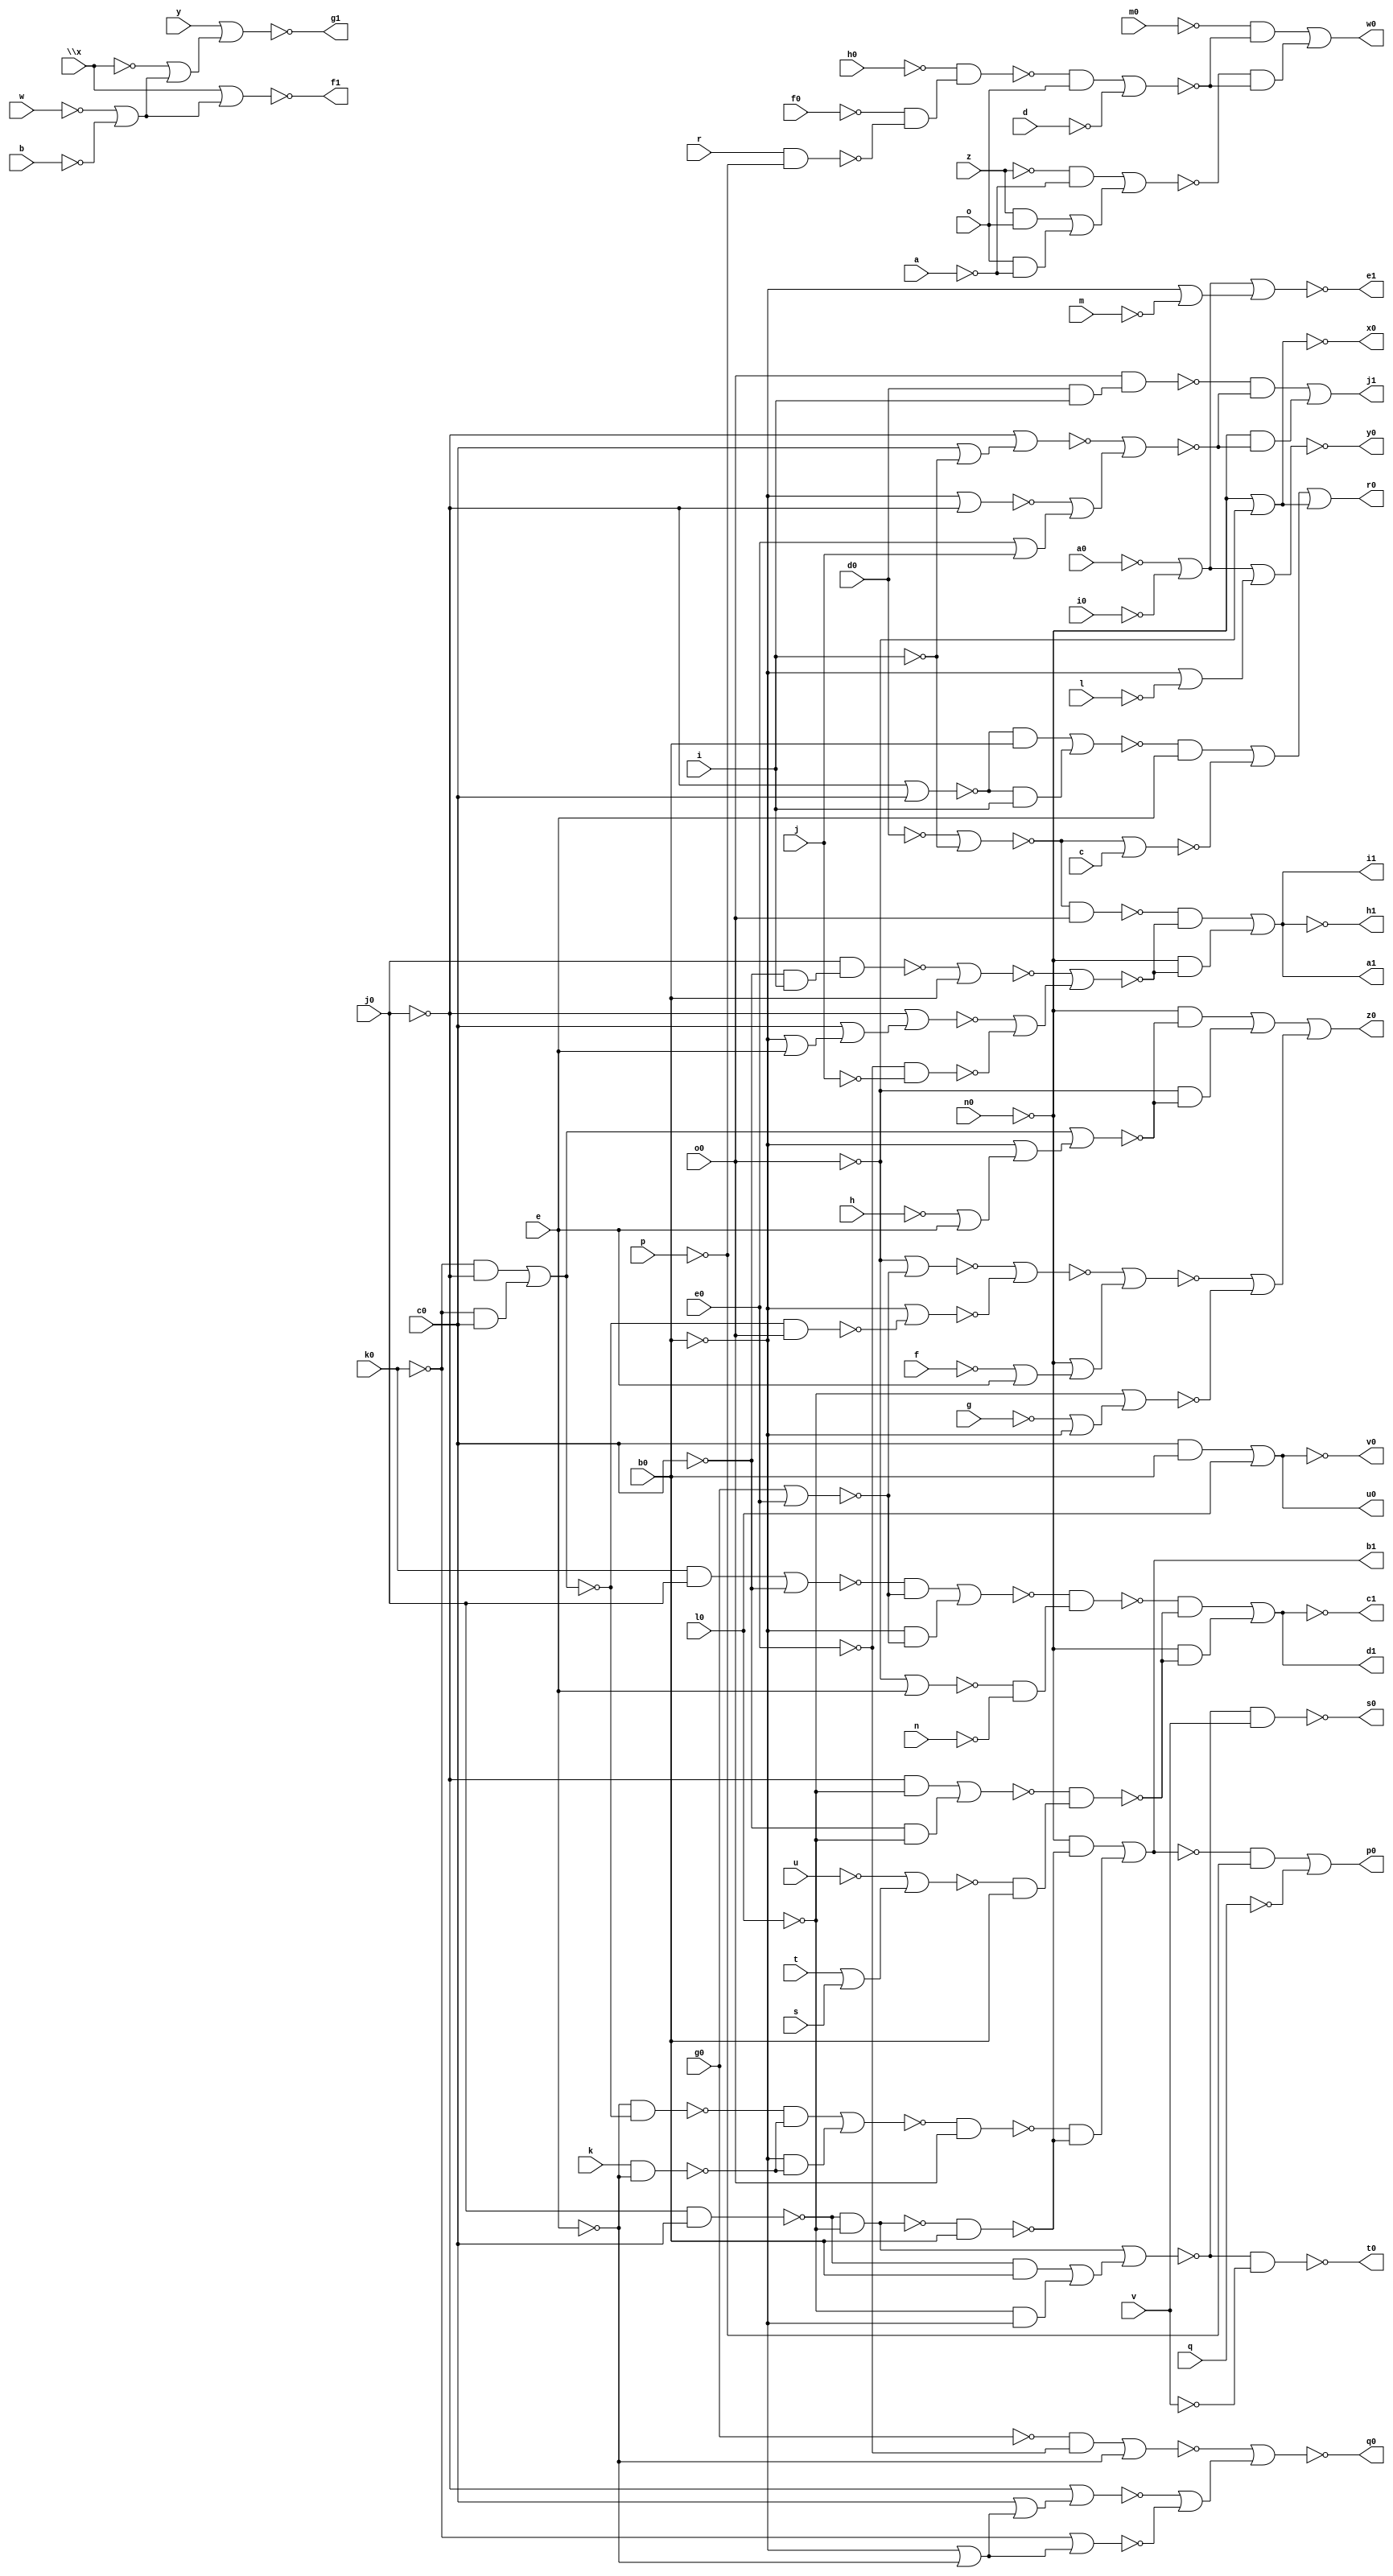
// IWLS benchmark module "b9" printed on Wed May 29 16:27:40 2002
module b9(a, b, c, d, e, f, g, h, i, j, k, l, m, n, o, p, q, r, s, t, u, v, w, \x , y, z, a0, b0, c0, d0, e0, f0, g0, h0, i0, j0, k0, l0, m0, n0, o0, p0, q0, r0, s0, t0, u0, v0, w0, x0, y0, z0, a1, b1, c1, d1, e1, f1, g1, h1, i1, j1);
input
  a,
  b,
  c,
  d,
  e,
  f,
  g,
  h,
  i,
  j,
  k,
  l,
  m,
  n,
  o,
  p,
  q,
  r,
  s,
  t,
  u,
  v,
  w,
  \x ,
  y,
  z,
  a0,
  b0,
  c0,
  d0,
  e0,
  f0,
  g0,
  h0,
  i0,
  j0,
  k0,
  l0,
  m0,
  n0,
  o0;
output
  a1,
  b1,
  c1,
  d1,
  e1,
  f1,
  g1,
  h1,
  i1,
  j1,
  p0,
  q0,
  r0,
  s0,
  t0,
  u0,
  v0,
  w0,
  x0,
  y0,
  z0;
wire
  \[6] ,
  \[7] ,
  \[8] ,
  \[9] ,
  \[20] ,
  a5,
  b5,
  c5,
  d4,
  d5,
  e4,
  e5,
  f3,
  f4,
  g2,
  g3,
  g5,
  h2,
  h4,
  i2,
  i3,
  i4,
  i5,
  j3,
  j4,
  j5,
  k2,
  k3,
  l2,
  l4,
  m2,
  m3,
  m4,
  m5,
  n3,
  n5,
  o3,
  o5,
  p5,
  q2,
  \[10] ,
  q3,
  q5,
  r2,
  \[11] ,
  r4,
  r5,
  s2,
  \[12] ,
  s3,
  s4,
  s5,
  t2,
  \[13] ,
  t3,
  t4,
  t5,
  u2,
  u4,
  u5,
  v2,
  \[15] ,
  v4,
  v5,
  \[0] ,
  w2,
  \[16] ,
  w3,
  w5,
  \[1] ,
  x2,
  \[17] ,
  x3,
  x4,
  \[2] ,
  \[18] ,
  y3,
  \[3] ,
  z3,
  \[4] ;
assign
  \[6]  = ~j4,
  \[7]  = (~m0 & ~u2) | (~v2 & ~u2),
  \[8]  = ~a5,
  \[9]  = ~x2,
  \[20]  = (~t2 & ~s2) | (~n0 & ~s2),
  a1 = \[11] ,
  a5 = ~n0 | ~o0,
  b1 = \[12] ,
  b5 = g0 | e0,
  c1 = \[13] ,
  c5 = ~o0 | e,
  d1 = w2,
  d4 = \x  | (~w | ~b),
  d5 = (~t5 & ~b5) | (~b0 & ~b5),
  e1 = \[15] ,
  e4 = y | (~\x  | (~w | ~b)),
  e5 = ~d5 & (~c5 & ~n),
  f1 = \[16] ,
  f3 = ~k3 & v,
  f4 = (~k0 & ~j0) | (~k0 & c0),
  g1 = \[17] ,
  g2 = ~m2 | (~l2 | ~k2),
  g3 = ~k3 & ~v,
  g5 = ~j0 | c0,
  h1 = \[18] ,
  h2 = ~i2 & o0,
  h4 = f4 | (~b0 | (~h | e)),
  i1 = \[11] ,
  i2 = ~d0 | ~i,
  i3 = w5 | (~b0 | ~m),
  i4 = ~f4 & o0,
  i5 = ~l0 | (~g | ~b0),
  j1 = \[20] ,
  j3 = j0 & c0,
  j4 = (c0 & b0) | l0,
  j5 = ~m5 | (~n0 | (~f | e)),
  k2 = ~e0 & ~j,
  k3 = (~j3 & ~l0) | ((~j3 & b0) | (~l0 & ~b0)),
  l2 = ~j0 | (c0 | (~b0 | e)),
  l4 = r & ~p,
  m2 = ~n3 | b0,
  m3 = (~v5 & e) | ~q3,
  m4 = ~h0 & (~f0 & ~l4),
  m5 = ~p5 | ~o5,
  n3 = j0 & (~c0 & i),
  n5 = (~n0 & ~h4) | (~o0 & ~h4),
  o3 = ~d0 | ~i,
  o5 = ~b0 | ~i4,
  p0 = \[0] ,
  p5 = ~o0 | ~q5,
  q0 = \[1] ,
  q2 = j0 & c0,
  \[10]  = n5 | (~j5 | ~i5),
  q3 = ~o3 | c,
  q5 = g0 | e0,
  r0 = \[2] ,
  r2 = ~q2 & ~l0,
  \[11]  = (~h2 & ~g2) | (~n0 & ~g2),
  r4 = ~u | (t | s),
  r5 = (~j0 & ~l0) | (~c0 & ~l0),
  s0 = \[3] ,
  s2 = ~s3 | (~t3 | (e0 | j)),
  \[12]  = (~n0 & ~u5) | (~t4 & ~u5),
  s3 = ~j0 | (c0 | ~i),
  s4 = (~v4 & ~x4) | (~b0 & ~x4),
  s5 = ~r5 & (~r4 & b0),
  t0 = \[4] ,
  t2 = o0 & (d0 & i),
  \[13]  = ~w2,
  t3 = ~b0 | ~j0,
  t4 = ~s4 & o0,
  t5 = (k0 & j0) | ~c0,
  u0 = j4,
  u2 = (~m4 & o) | ~d,
  u4 = (~k0 & ~j0) | (~k0 & c0),
  u5 = ~r2 & b0,
  v0 = \[6] ,
  v2 = (~z & ~a) | ((z & o) | (o & ~a)),
  \[15]  = ~i3,
  v4 = ~e & ~u4,
  v5 = (~g5 & b0) | (~g5 & i),
  \[0]  = (~\[12]  & ~p) | ~q,
  w0 = \[7] ,
  w2 = (~e5 & ~s5) | (~n0 & ~s5),
  \[16]  = ~d4,
  w3 = ~k0 | (~b0 | ~e),
  w5 = ~a0 | ~i0,
  \[1]  = ~z3,
  x0 = \[8] ,
  x2 = w5 | (~b0 | ~l),
  \[17]  = ~e4,
  x3 = ~j0 | (c0 | (~b0 | ~e)),
  x4 = k & ~e,
  \[2]  = m3 | (~o0 | ~n0),
  y0 = \[9] ,
  \[18]  = ~\[11] ,
  y3 = (~g0 & ~e0) | ~e,
  \[3]  = ~f3,
  z0 = \[10] ,
  z3 = ~y3 | (~x3 | ~w3),
  \[4]  = ~g3;
endmodule